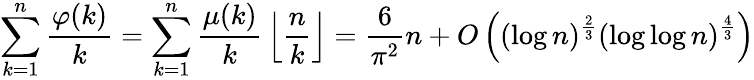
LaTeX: \sum_{k=1}^{n}{\frac{\varphi(k)}{k}}=\sum_{k=1}^{n}{\frac{\mu(k)}{k}}\left\lfloor{\frac{n}{k}}\right\rfloor={\frac{6}{\pi^{2}}}n+O\left((\log n)^{\frac{2}{3}}(\log\log n)^{\frac{4}{3}}\right)